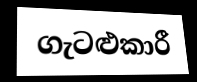
ගැටළුකාරී